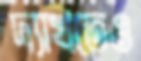
দ্যাখতেও